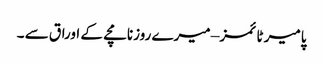
پامیر ٹائمز – میرے روزنامچے کے اوراق سے ۔